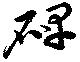
碑